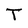
Character: T